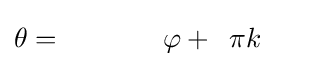
\theta ={\phantom {(-1)^{k+1}}}\varphi +{\phantom {2}}\pi k{\phantom {+\pi }}